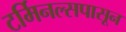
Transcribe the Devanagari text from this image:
टर्मिनल्सपासून